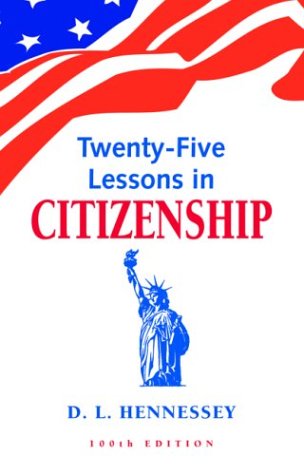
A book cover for Twenty-Five Lessons in Citizenship; D. L. Hennessey; Test Preparation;